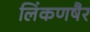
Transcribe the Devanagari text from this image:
लिंकणषैर